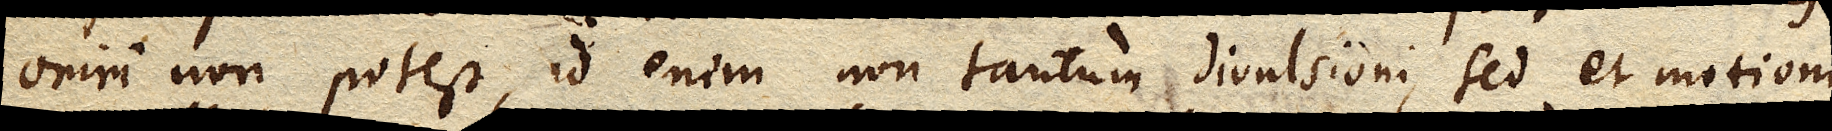
oriri non potest, id enim non tantum divulsioni, sed et motioni